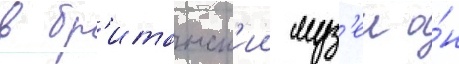
в бр'итанск'ии муз'еи о́н